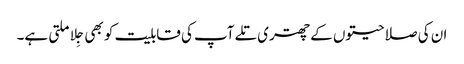
ان کی صلاحیتوں کے چھتری تلے آپ کی قابلیت کو بھی جِلا ملتی ہے۔